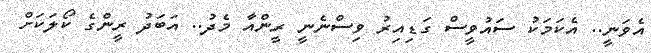
އެވަނީ.. އެކަމަކު ސައުވީސް ގަޑިއިރު ވިސްނެނީ ރީންއާ މެދު.. އަބަދު ރީންގެ ކޯލަކަށް